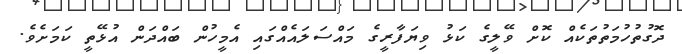
ދޮގުތުހުމަތުތަކެއް ކޮށް ވޭލީގެ ކަޅު ވިޔަފާރީގެ މައްސަލައެއްގައި އެމީހުން ބައްދަން އުޅޭތީ ކަމަށެވެ.